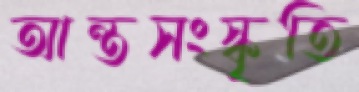
আন্তসংস্কৃতি